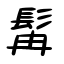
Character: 髯